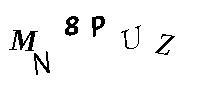
MN8PUZ